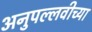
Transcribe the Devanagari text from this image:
अनुपल्लवीच्या